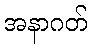
အနာဂတ်